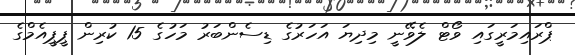
ޕްރައިމަރީގައި ވޯޓް ލެވޭނީ މިދިޔަ އަހަރުގެ ޑިސެންބަރު މަހުގެ 15 ކުރިން ޕީޕީއެމްގެ